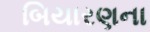
બિયારણના